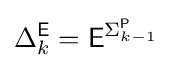
\Delta _{k}^{\mathsf {E}}={\mathsf {E}}^{\Sigma _{k-1}^{\mathsf {P}}}